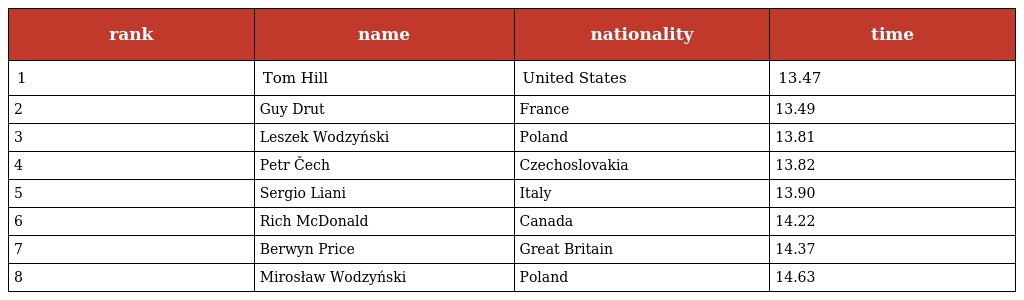
| rank | name | nationality | time |
 | --- | --- | --- | --- |
 | 1 | Tom Hill | United States | 13.47 |
 | 2 | Guy Drut | France | 13.49 |
 | 3 | Leszek Wodzyński | Poland | 13.81 |
 | 4 | Petr Čech | Czechoslovakia | 13.82 |
 | 5 | Sergio Liani | Italy | 13.90 |
 | 6 | Rich McDonald | Canada | 14.22 |
 | 7 | Berwyn Price | Great Britain | 14.37 |
 | 8 | Mirosław Wodzyński | Poland | 14.63 |